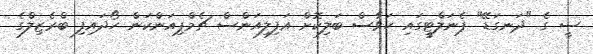
ސީ ގެ "ދަނގަޑޭ" ޕެނަލްޓީގައި ހަވާސް ބަލިކޮށް އަފިލިއަންސް ޗެމްޕިއަންކަން ހޯދައިފި ބްރެޒިލްގެ